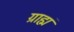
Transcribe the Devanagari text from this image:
ग्राह्मं